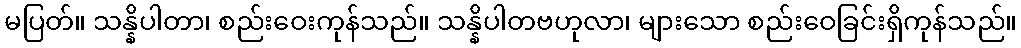
မပြတ်။ သန္နိပါတာ၊ စည်းဝေးကုန်သည်။ သန္နိပါတဗဟုလာ၊ များသော စည်းဝေခြင်းရှိကုန်သည်။